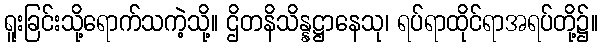
ရူးခြင်းသို့ရောက်သကဲ့သို့။ ဌိတနိသိန္နဋ္ဌာနေသု၊ ရပ်ရာထိုင်ရာအရပ်တို့၌။